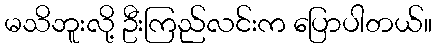
မသိဘူးလို့ ဦးကြည်လင်းက ပြောပါတယ်။